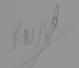
Signature authenticity: genuine